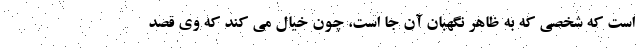
است که شخصی که به ظاهر نگهبان آن جا است، چون خیال می کند که وی قصد